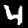
Label: 4